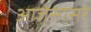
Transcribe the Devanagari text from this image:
आजेसासरे